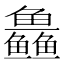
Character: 𱈜